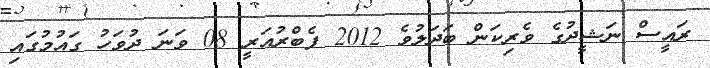
ރައީސް ނަޝީދުގެ ވެރިކަން ބަދަލުވެ 2012 ފެބްރުއަރީ 08 ވަނަ ދުވަހު ގައުމުގައި